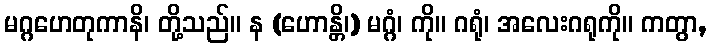
မဂ္ဂဟေတုကာနိ၊ တို့သည်။ န (ဟောန္တိ၊) မဂ္ဂံ၊ ကို။ ဂရုံ၊ အလေးဂရုကို။ ကတွာ,